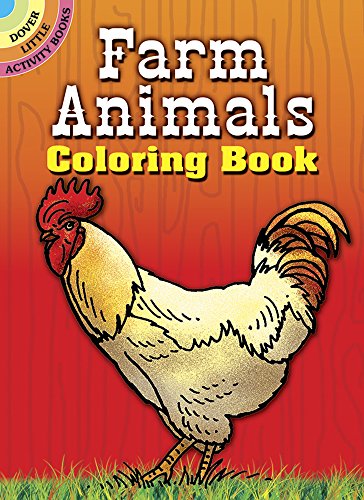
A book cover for Farm Animals Coloring Book (Dover Little Activity Books); Lisa Bonforte; Children's Books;